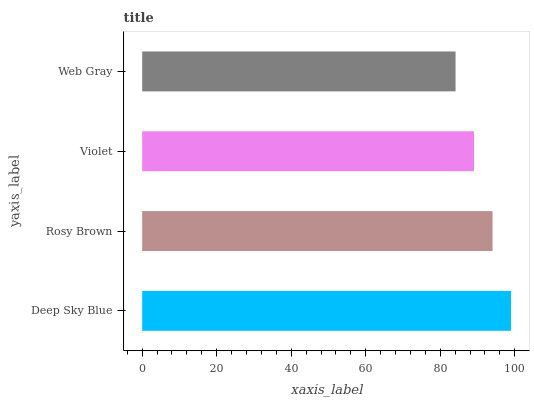
| yaxis_label | bars |
 | --- | --- |
 | Deep Sky Blue | 99 |
 | Rosy Brown | 94 |
 | Violet | 89.1 |
 | Web Gray | 84.1 |